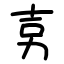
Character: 㔛